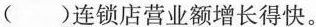
（）连锁店营业额增长得快。